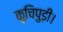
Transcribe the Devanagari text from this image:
कुचिपुड़ी।